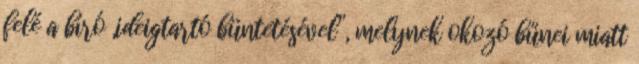
felé a bíró „ideigtartó büntetésével”, melynek okozó bűnei miatt